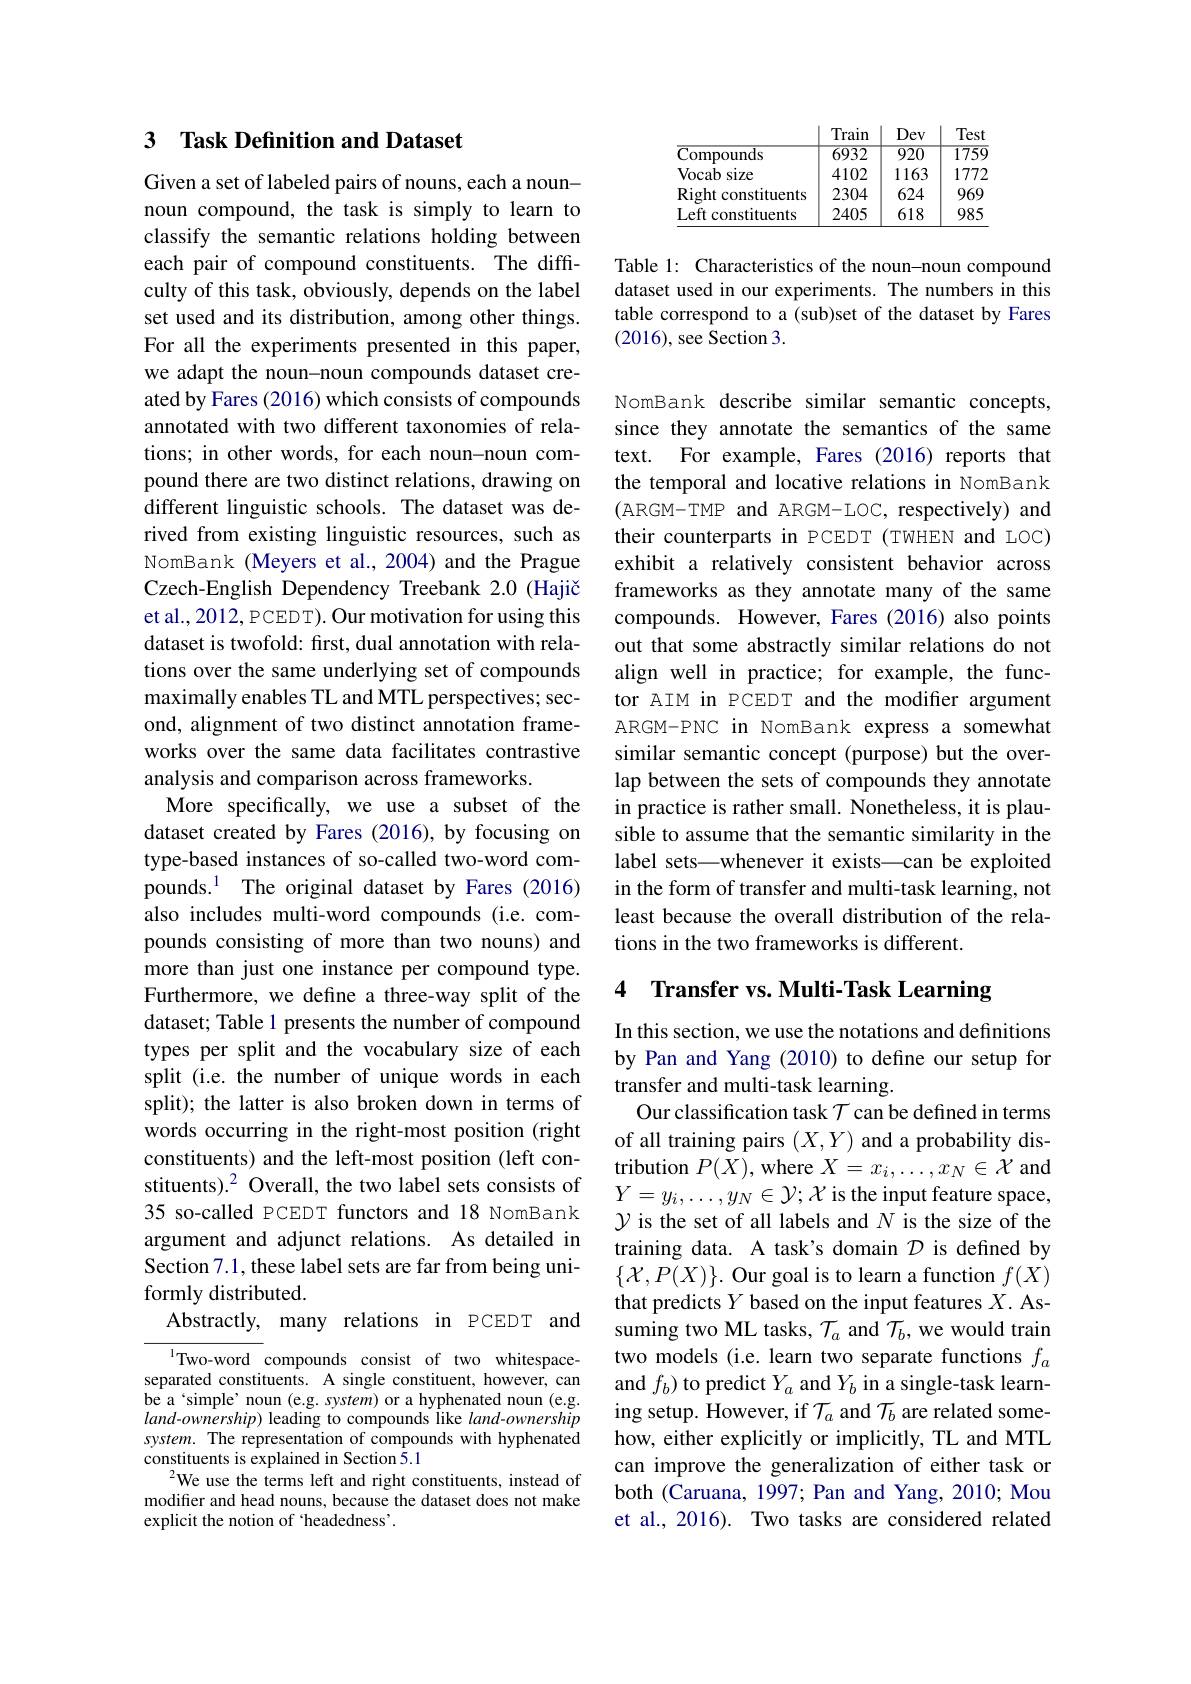
## 3 Task Definition and Dataset

Given a set of labeled pairs of nouns, each a nounnoun compound, the task is simply to learn to classify the semantic relations holding between each pair of compound constituents. The difficulty of this task, obviously, depends on the label set used and its distribution, among other things. For all the experiments presented in this paper, we adapt the noun-noun compounds dataset created by Fares (2016) which consists of compounds annotated with two different taxonomies of relations; in other words, for each noun-noun compound there are two distinct relations, drawing on different linguistic schools. The dataset was derived from existing linguistic resources, such as NomBank (Meyers et al.,2004) and the Prague Czech-English Dependency Treebank 2.0 (Hajič et al., 2012, PCEDT). Our motivation for using this dataset is twofold: first, dual annotation with relations over the same underlying set of compounds maximally enables TL and MTL perspectives; second, alignment of two distinct annotation frameworks over the same data facilitates contrastive analysis and comparison across frameworks
More specifically, we use a subset of the dataset created by Fares (2016), by focusing on type-based instances of so-called two-word comalso includes multi-word compounds (i.e.compounds consisting of more than two nouns) and more than just one instance per compound type. Furthermore, we define a three-way split of the dataset; Table 1 presents the number of compound types per split and the vocabulary size of each split (i.e. the number of unique words in each split); the latter is also broken down in terms of words occurring in the right-most position (right constituents) and the left-most position (left constituents).$^2$ Overall, the two label sets consists of $Y=y_i,\ldots,y_N\in\mathcal{Y};\mathcal{X}$ is the input feature space,
35 so-called PCEDT functors and 18 NomBank argument and adjunct relations. As detailed in Section 7.1, these label sets are far from being uniformly distributed.
Abstractly, many relations in PCEDT and

$^{1}$Two-word compounds consist of two whitespaceseparated constituents. A single constituent, however, can be a‘simple’noun (e.g. system) or a hyphenated noun (e.g. $land-ownership)$ leading to compounds like land-ownership system. The representation of compounds with hyphenated constituents is explained in Section $\dot{5}.1$
$^{2}$We use the terms left and right constituents, instead of modifier and head nouns, because the dataset does not make explicit the notion of `headedness'.

<table>
	<tbody>
		<tr>
			<th> </th>
			<th>Train</th>
			<th>Dev</th>
			<th>Test</th>
		</tr>
		<tr>
			<td>Compounds</td>
			<td>6932</td>
			<td>$\overline{920}$</td>
			<td>1759</td>
		</tr>
		<tr>
			<td>Vocab size </td>
			<td>4102</td>
			<td>1163</td>
			<td>1772</td>
		</tr>
		<tr>
			<td>Right constituents</td>
			<td>2304</td>
			<td>624</td>
			<td>969</td>
		</tr>
		<tr>
			<td>Left constituents</td>
			<td>2405</td>
			<td>618</td>
			<td>985</td>
		</tr>
	</tbody>
</table>

Table 1: Characteristics of the noun-noun compound dataset used in our experiments. The numbers in this table correspond to a (sub)set of the dataset by Fares (2016), see Section 3.

NomBank describe similar semantic concepts, since they annotate the semantics of the same text. For example, Fares (2016) reports that the temporal and locative relations in NomBank (ARGM-TMP and ARGM-LOC, respectively) and their counterparts in PCEDT (TWHEN and LOC) exhibit a relatively consistent behavior across frameworks as they annotate many of the same compounds. However, Fares (2016) also points out that some abstractly similar relations do not align well in practice; for example, the functor AIM in PCEDT and the modifier argument ARGM-PNC in NomBank express a somewhat similar semantic concept (purpose) but the overlap between the sets of compounds they annotate in practice is rather small. Nonetheless, it is plausible to assume that the semantic similarity in the label sets—whenever it exists—can be exploited
pounds.$^{1}$ The original dataset by Fares (2016) in the form of transfer and multi-task learning, not
least because the overall distribution of the rela-
tions in the two frameworks is different.

# 4 Transfer vs. Multi-Task Learning

In this section, we use the notations and definitions by Pan and Yang (2010) to define our setup for transfer and multi-task learning.
Our classification task $\mathcal{T}$ can be defined in terms of all training pairs $(X,Y)$ and a probability distribution $P(X)$, where $X=x_i,\ldots,x_N\in\dot{\mathcal{X}}$ and $\mathcal{Y}$ is the set of all labels and $N$ is the size of the training data. A task's domain $D$ is defined by $\{\mathcal{X},P(X)\}.$ Our goal is to learn a function $f(X)$ that predicts $Y$ based on the input features $X.$ Assuming two ML tasks, $\mathcal{T}_a$ and $\mathcal{T}_b$, we would train two models (i.e. learn two separate functions $f_a$ and $f_b$) to predict $Y_a$ and $Y_b$ in a single-task learning setup. However, if $\mathcal{T}_a$ and $\mathcal{T}_b$ are related somehow, either explicitly or implicitly, TL and MTL can improve the generalization of either task or both (Caruana, 1997; Pan and Yang, 2010; Mou et al., 2016). Two tasks are considered related